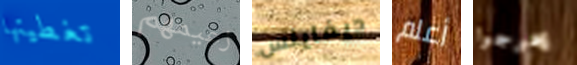
تغطيتها زعيمهم ديفاينس أعلم يخرجوا